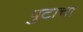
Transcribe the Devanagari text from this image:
पुटाचा